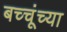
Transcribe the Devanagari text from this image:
बच्चूंच्या